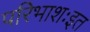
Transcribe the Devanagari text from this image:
परिभाशःइत